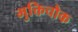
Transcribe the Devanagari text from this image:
मुक्तिचौक